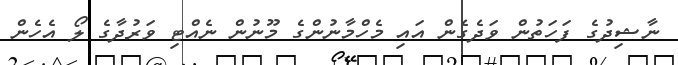
ނާޝިދުގެ ފަހަތުން ވަދެގެން އައި މެހްމާނުންގެ މޫނުން ނެއްޓި ވަރުދާގެ ލޯ އެހެން